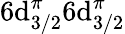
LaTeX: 6\mathrm{d}_{3/2}^{\pi}6\mathrm{d}_{3/2}^{\pi}